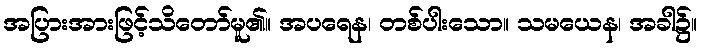
အပြားအားဖြင့်သိတော်မူ၏။ အပရေန၊ တစ်ပါးသော။ သမယေန၊ အခါ၌။